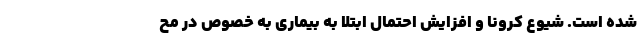
شده است. شیوع کرونا و افزایش احتمال ابتلا به بیماری به خصوص در مح